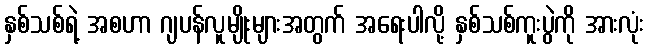
နှစ်သစ်ရဲ့ အစဟာ ဂျပန်လူမျိုးများအတွက် အရေးပါလို့ နှစ်သစ်ကူးပွဲကို အားလုံး